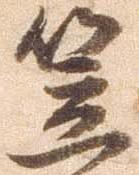
笠